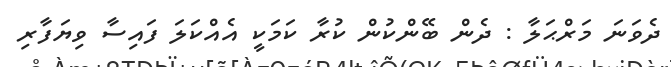
ދެވަނަ މަރްޙަލާ : ދެން ބޭންކުން ކުރާ ކަމަކީ އެއްކަލަ ފައިސާ ވިޔަފާރި